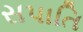
સપાતિ